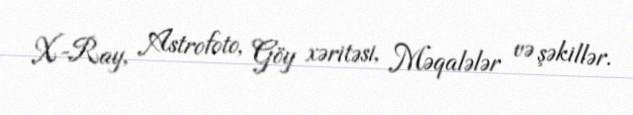
X-Ray, Astrofoto, Göy xəritəsi, Məqalələr və şəkillər.